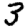
Digit: 3